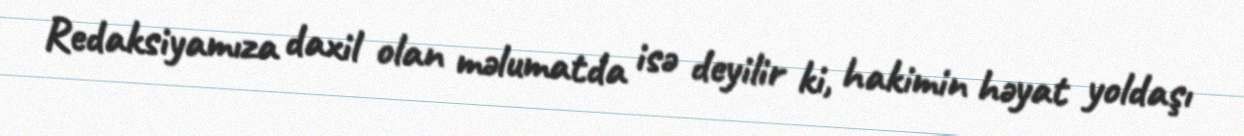
Redaksiyamıza daxil olan məlumatda isə deyilir ki, hakimin həyat yoldaşı